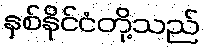
နှစ်နိုင်ငံတို့သည်